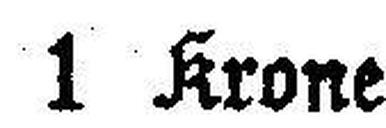
1 Krone